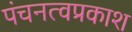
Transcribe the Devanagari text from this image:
पंचनत्वप्रकाश